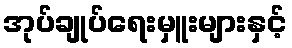
အုပ်ချုပ်ရေးမှူးများနှင့်